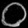
Digit: ၀